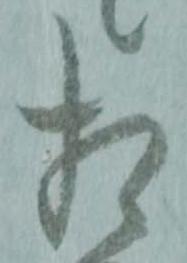
相